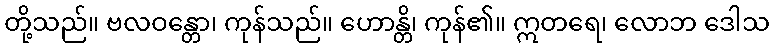
တို့သည်။ ဗလဝန္တော၊ ကုန်သည်။ ဟောန္တိ၊ ကုန်၏။ ဣတရေ၊ လောဘ ဒေါသ